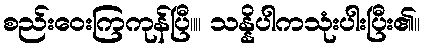
စည်းဝေးကြကုန်ပြီ။။ သန္နိပါကသုံးပါးပြီး၏။